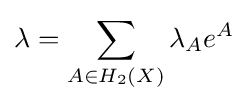
\lambda =\sum _{A\in H_{2}(X)}\lambda _{A}e^{A}